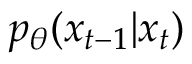
p _ { \theta } ( x _ { t - 1 } | x _ { t } )